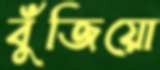
বুঁজিয়ো